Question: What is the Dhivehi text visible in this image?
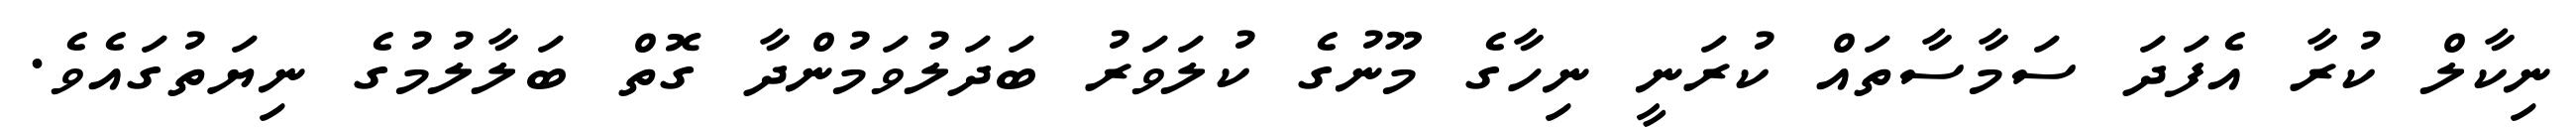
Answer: ނިކާލް ކުރާ އެފަދަ ސަމާސާތައް ކުރަނީ ނިހާގެ މޫނުގެ ކުލަވަރު ބަދަލުވަމުންދާ ގޮތް ބަލާލުމުގެ ނިޔަތުގައެވެ.